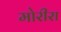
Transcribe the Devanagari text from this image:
मोरीरा